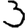
Digit: 3